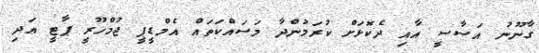
ގާނޫނު އަސާސީ އާއި ދެކޮޅަށް ކުރަމުންދާ މަސައްކަތައް އެމްޑީޕީ ޖުމްހޫރީ ޕާޓީ އަދި